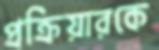
প্রক্রিয়ারকে